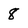
Character: 8